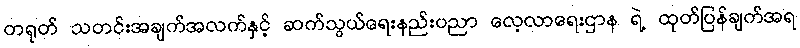
တရုတ် သတင်းအချက်အလက်နှင့် ဆက်သွယ်ရေးနည်းပညာ လေ့လာရေးဌာန ရဲ့ ထုတ်ပြန်ချက်အရ